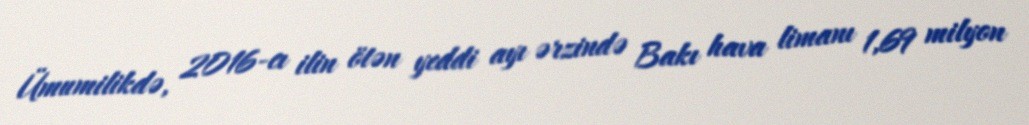
Ümumilikdə, 2016-cı ilin ötən yeddi ayı ərzində Bakı hava limanı 1,69 milyon